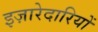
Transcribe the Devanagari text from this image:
इज़ारेदारियों